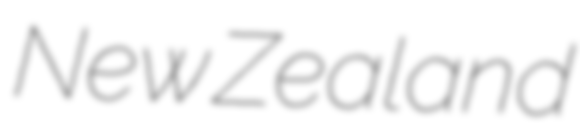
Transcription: New Zealand